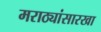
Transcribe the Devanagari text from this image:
मराठ्यांसारखा